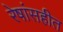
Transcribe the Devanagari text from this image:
रेषांसहीत